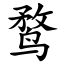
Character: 鹜